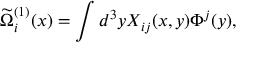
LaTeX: \widetilde { \Omega } _ { i } ^ { ( 1 ) } ( x ) = \int d ^ { 3 } y X _ { i j } ( x , y ) \Phi ^ { j } ( y ) ,